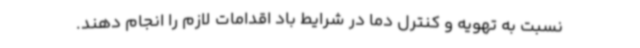
نسبت به تهویه و کنترل دما در شرایط باد اقدامات لازم را انجام دهند.